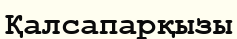
Қалсапарқызы